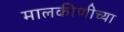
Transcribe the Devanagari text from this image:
मालकीणीच्या